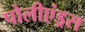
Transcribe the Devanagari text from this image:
पोलीएंड्रस